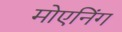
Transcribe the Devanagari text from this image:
मोएनिंग